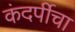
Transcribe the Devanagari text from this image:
कंदर्पीचा